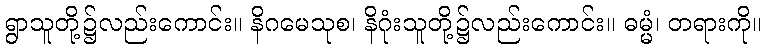
ရွာသူတို့၌လည်းကောင်း။ နိဂမေသုစ၊ နိဂုံးသူတို့၌လည်းကောင်း။ ဓမ္မံ၊ တရားကို။